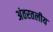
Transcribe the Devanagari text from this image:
अंतरतलीय